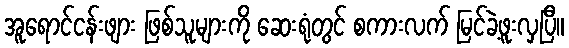
အူရောင်ငန်းဖျား ဖြစ်သူများကို ဆေးရုံတွင် စကားလက် မြင်ခဲ့ဖူးလှပြီ။